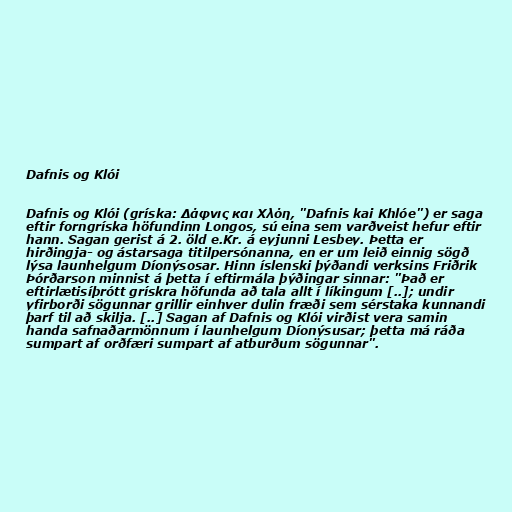
Dafnis og Klói

Dafnis og Klói (gríska: Δάφνις και Χλόη, "Dafnis kai Khlóe") er saga
eftir forngríska höfundinn Longos, sú eina sem varðveist hefur eftir
hann. Sagan gerist á 2. öld e.Kr. á eyjunni Lesbey. Þetta er
hirðingja- og ástarsaga titilpersónanna, en er um leið einnig sögð
lýsa launhelgum Díonýsosar. Hinn íslenski þýðandi verksins Friðrik
Þórðarson minnist á þetta í eftirmála þýðingar sinnar: "Það er
eftirlætisíþrótt grískra höfunda að tala allt í líkingum [..]; undir
yfirborði sögunnar grillir einhver dulin fræði sem sérstaka kunnandi
þarf til að skilja. [..] Sagan af Dafnis og Klói virðist vera samin
handa safnaðarmönnum í launhelgum Díonýsusar; þetta má ráða
sumpart af orðfæri sumpart af atburðum sögunnar".